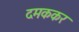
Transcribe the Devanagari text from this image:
दमककर